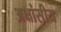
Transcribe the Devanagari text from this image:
अक्षांसीय